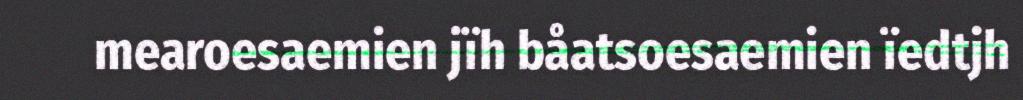
mearoesaemien jïh båatsoesaemien ïedtjh